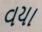
વયા